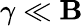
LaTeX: \gamma\ll\mathbf{B}